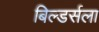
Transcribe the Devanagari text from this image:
बिल्डर्सला